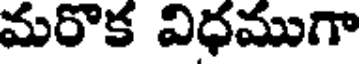
మరొక విధముగా